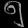
Digit: ၅